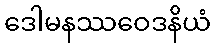
ဒေါမနဿဝေဒနိယံ